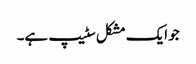
جو ایک مشکل سٹیپ ہے۔